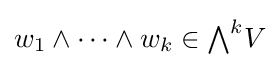
w_{1}\wedge \cdots \wedge w_{k}\in {\textstyle \bigwedge }^{k}V